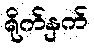
ရိုက်နှက်